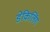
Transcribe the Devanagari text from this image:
डेकिलिंग